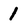
Character: 1